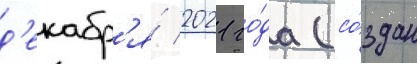
д'екабр'я́ 2021 го́да (со́здан